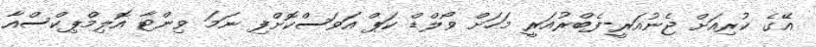
އޭގެ ކުރިއަށް ޖެނުއަރީ-ފެބްރުއަރީ މަހަށް ވޯލްޑް ކަޕް އަވަސްކޮށްފި ނަމަ ވިންޓާ އޮލިމްޕިކްސްއާ